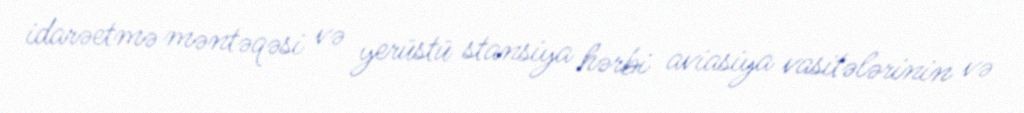
idarəetmə məntəqəsi və yerüstü stansiya hərbi aviasiya vasitələrinin və